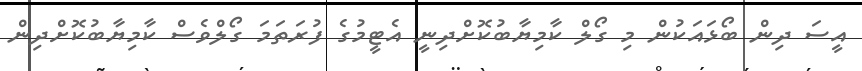
އީސަ ދިން ބޯޅައަކުން މި ގޯލް ކާމިޔާބުކޮށްދިނީ އެޓީމުގެ ފުރަތަމަ ގޯލްވެސް ކާމިޔާބުކޮށްދިން